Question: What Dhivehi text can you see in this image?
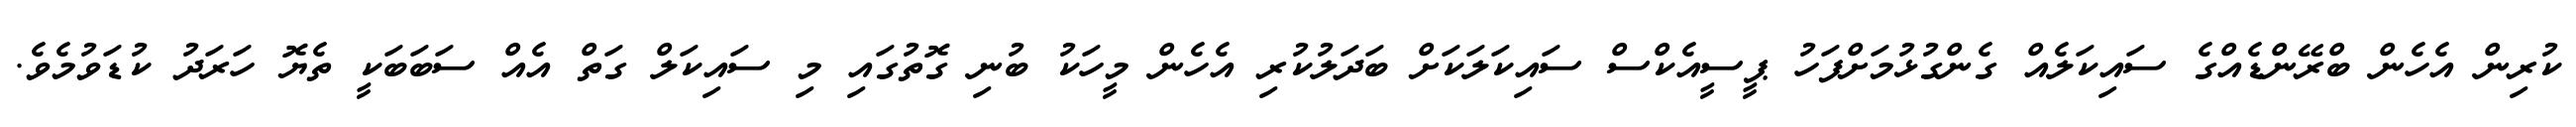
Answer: ކުރިން އެހެން ބްރޭންޑެއްގެ ސައިކަލެއް ގެންގުޅުމަށްފަހު ޕީސީއެކްސް ސައިކަލަކަށް ބަދަލުކުރި އެހެން މީހަކު ބުނި ގޮތުގައި މި ސައިކަލް ގަތް އެއް ސަބަބަކީ ތެޔޮ ހަރަދު ކުޑަވުމެވެ.